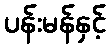
ပန်းမန်နှင့်